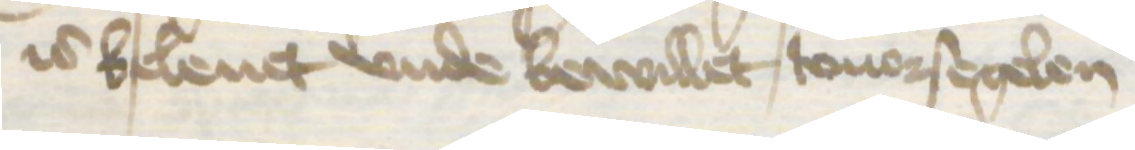
is beleuet vnde bewillet touorsegelen